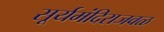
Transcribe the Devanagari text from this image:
सूर्यमंदिराजवळ